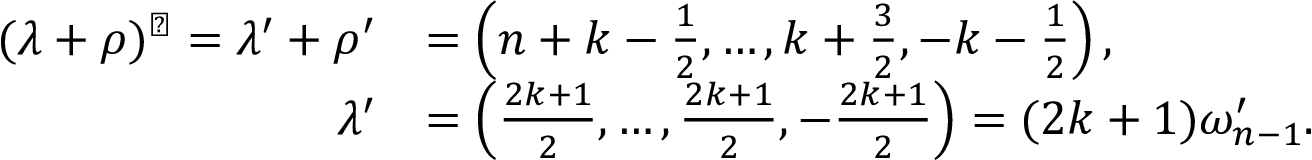
\begin{array} { r l } { ( \lambda + \rho ) ^ { \flat } = \lambda ^ { \prime } + \rho ^ { \prime } } & { = \left( n + k - \frac { 1 } { 2 } , \ldots , k + \frac { 3 } { 2 } , - k - \frac { 1 } { 2 } \right) , } \\ { \lambda ^ { \prime } } & { = \left( \frac { 2 k + 1 } { 2 } , \ldots , \frac { 2 k + 1 } { 2 } , - \frac { 2 k + 1 } { 2 } \right) = ( 2 k + 1 ) \omega _ { n - 1 } ^ { \prime } . } \end{array}